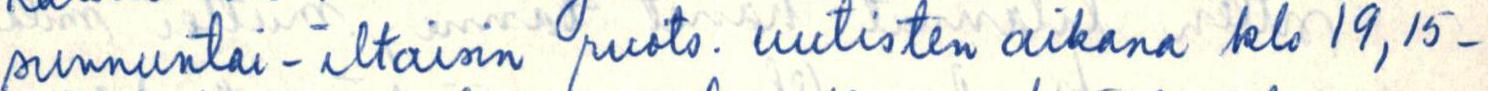
sunnuntai-iltaisin ruots. uutisten aikana klo 19,15-